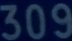
309